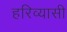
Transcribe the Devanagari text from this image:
हरिव्यासी